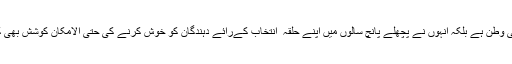
نوادہ نہ صرف گری راج کا آبائی وطن ہے بلکہ انہوں نے پچھلے پانچ سالوں میں اپنے حلقہ ٔ انتخاب کےرائے دہندگان کو خوش کرنے کی حتی الامکان کوشش بھی کی تاکہ دوبارہ منتخب ہو سکیں۔